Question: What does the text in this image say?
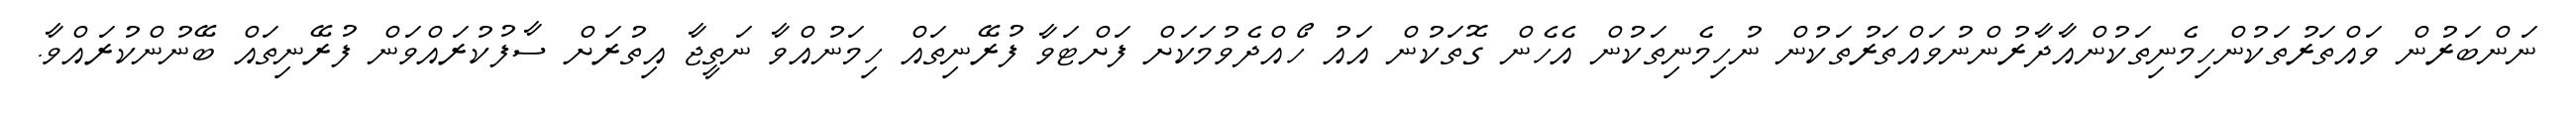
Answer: ނަންބަރުން ވައްތަރުތަކުންހިމެނިތަކުންއާދާރުންނުވައްތަރުތަކުން ނުހިމެނިތަކުން އެހެން ގޮތަކުން އައު ހޯއްދެވުމަކަށް ފަށްޓަވާ ފުރޭނިތައް ހިމަނުއްވާ ނަތީޖާ އިތުރަށް ސާފުކުރައްވަން ފުރޭނިތައް ބޭނުންކުރައްވާ.